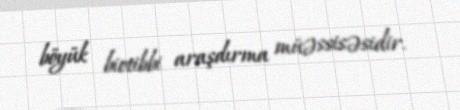
böyük biotibbi araşdırma müəssisəsidir.